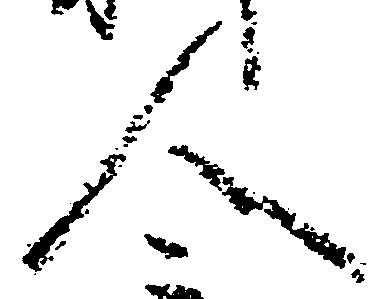
人